Annual report on the mental hospital in the Central Provinces and Berar (Nagpur) - 1927-1951
Year: 1927
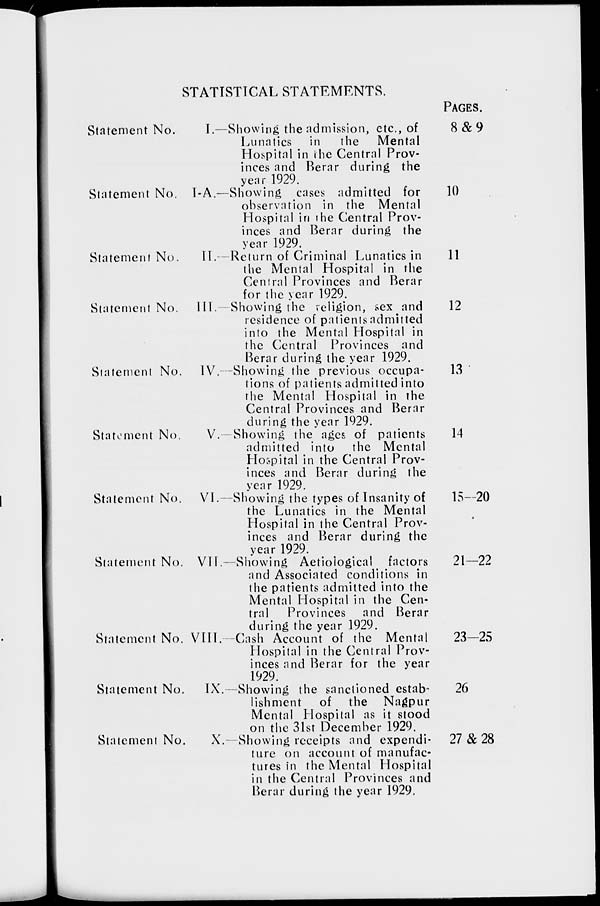
STATISTICAL STATEMENTS.
Statement No.
Statement No.
Statement No.
Statement No.
Statement No.
Statement No.
Statement No.
Statement No.
Statement No.
Statement No.
Statement No.
I.—Showing the admission, etc., of
Lunatics in
the
Mental
Hospital in the Central Prov-
inces and Berar during the
year 1929.
I-A.—Showing cases admitted for
observation in the Mental
Hospital in the Central Prov-
inces and Berar during the
year 1929.
II.—Return of Criminal Lunatics in
the Mental Hospital in the
Central Provinces and Berar
for the year 1929.
III.—Showing the religion, sex and
residence of patients admitted
into the Mental Hospital in
the Central Provinces and
Berar during the year 1929.
IV.—Showing the previous occupa-
tions of patients admitted into
the Mental Hospital in the
Central Provinces and Berar
during the year 1929.
V.—Showing the ages of patients
admitted into the Mental
Hospital in the Central Prov-
inces and Berar during the
year 1929.
VI.—Showing the types of Insanity of
the Lunatics in the Mental
Hospital in the Central Prov-
inces and Berar during the
year 1929.
VII.—Showing Aetiological factors
and Associated conditions in
the patients admitted into the
Mental Hospital in the Cen-
tral
Provinces and Berar
during the year 1929.
VIII.—Cash Account of the Mental
Hospital in the Central Prov-
inces and Berar for the year
1929.
IX.—Showing the sanctioned estab-
lishment of the Nagpur
Mental Hospital as it stood
on the 31st December 1929.
X.—Showing receipts and expendi-
ture on account of manufac-
tures in the Mental Hospital
in the Central Provinces and
Berar during the year 1929.
PAGES.
8 & 9
10
11
12
13
14
15—20
21—22
23—25
26
27 & 28